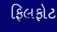
ફિલફોટ